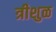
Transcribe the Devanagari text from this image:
त्रीशुळ